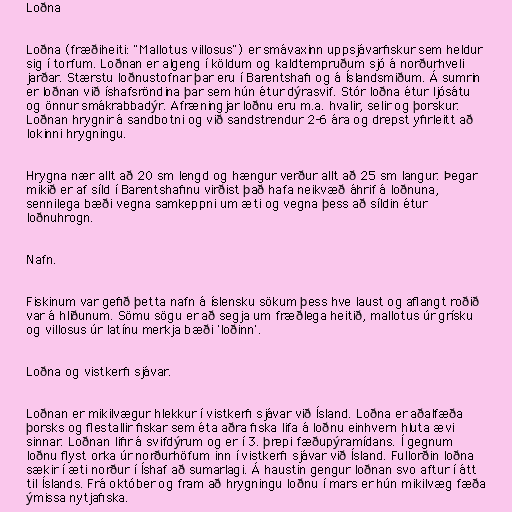
Loðna

Loðna (fræðiheiti: "Mallotus villosus") er smávaxinn uppsjávarfiskur sem heldur
sig í torfum. Loðnan er algeng í köldum og kaldtempruðum sjó á norðurhveli
jarðar. Stærstu loðnustofnar þar eru í Barentshafi og á Íslandsmiðum. Á sumrin
er loðnan við íshafsröndina þar sem hún étur dýrasvif. Stór loðna étur ljósátu
og önnur smákrabbadýr. Afræningjar loðnu eru m.a. hvalir, selir og þorskur.
Loðnan hrygnir á sandbotni og við sandstrendur 2-6 ára og drepst yfirleitt að
lokinni hrygningu.

Hrygna nær allt að 20 sm lengd og hængur verður allt að 25 sm langur. Þegar
mikið er af síld í Barentshafinu virðist það hafa neikvæð áhrif á loðnuna,
sennilega bæði vegna samkeppni um æti og vegna þess að síldin étur
loðnuhrogn.

Nafn.

Fiskinum var gefið þetta nafn á íslensku sökum þess hve laust og aflangt roðið
var á hliðunum. Sömu sögu er að segja um fræðlega heitið, mallotus úr grísku
og villosus úr latínu merkja bæði 'loðinn'.

Loðna og vistkerfi sjávar.

Loðnan er mikilvægur hlekkur í vistkerfi sjávar við Ísland. Loðna er aðalfæða
þorsks og flestallir fiskar sem éta aðra fiska lifa á loðnu einhvern hluta ævi
sinnar. Loðnan lifir á svifdýrum og er í 3. þrepi fæðupýramídans. Í gegnum
loðnu flyst orka úr norðurhöfum inn í vistkerfi sjávar við Ísland. Fullorðin loðna
sækir í æti norður í Íshaf að sumarlagi. Á haustin gengur loðnan svo aftur í átt
til Íslands. Frá október og fram að hrygningu loðnu í mars er hún mikilvæg fæða
ýmissa nytjafiska.